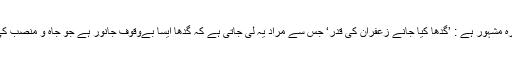
اسی طرح محاورہ مشہور ہے : ’گدھا کیا جانے زعفران کی قدر‘ جس سے مراد یہ لی جاتی ہے کہ گدھا ایسا بےوقوف جانور ہے جو جاہ و منصب کی قدر نہیں جانتا۔